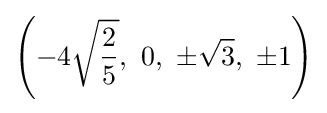
\left(-4{\sqrt {\frac {2}{5}}},\ 0,\ \pm {\sqrt {3}},\ \pm 1\right)